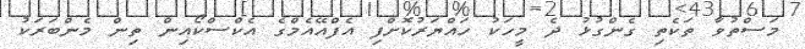
މަސްތުވާ ތަކެތި ގެންގުޅު ދެ މީހަކު ހައްޔަރުކޮށްފި އެފްއޭއެމްގެ އެކްސްކޯއިން ތިން މެންބަރަކު